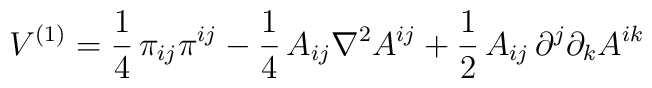
V^{(1)}=\frac{1}{4}\,\pi_{ij}\pi^{ij}-\frac{1}{4}\,A_{ij}\nabla^2A^{ij}+\frac{1}{2}\,A_{ij}\,\partial^j\partial_kA^{ik}